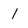
Character: l